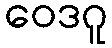
ဝေဒဂူ